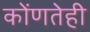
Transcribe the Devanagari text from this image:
कोंणतेही